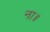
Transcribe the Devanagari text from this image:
ना॥